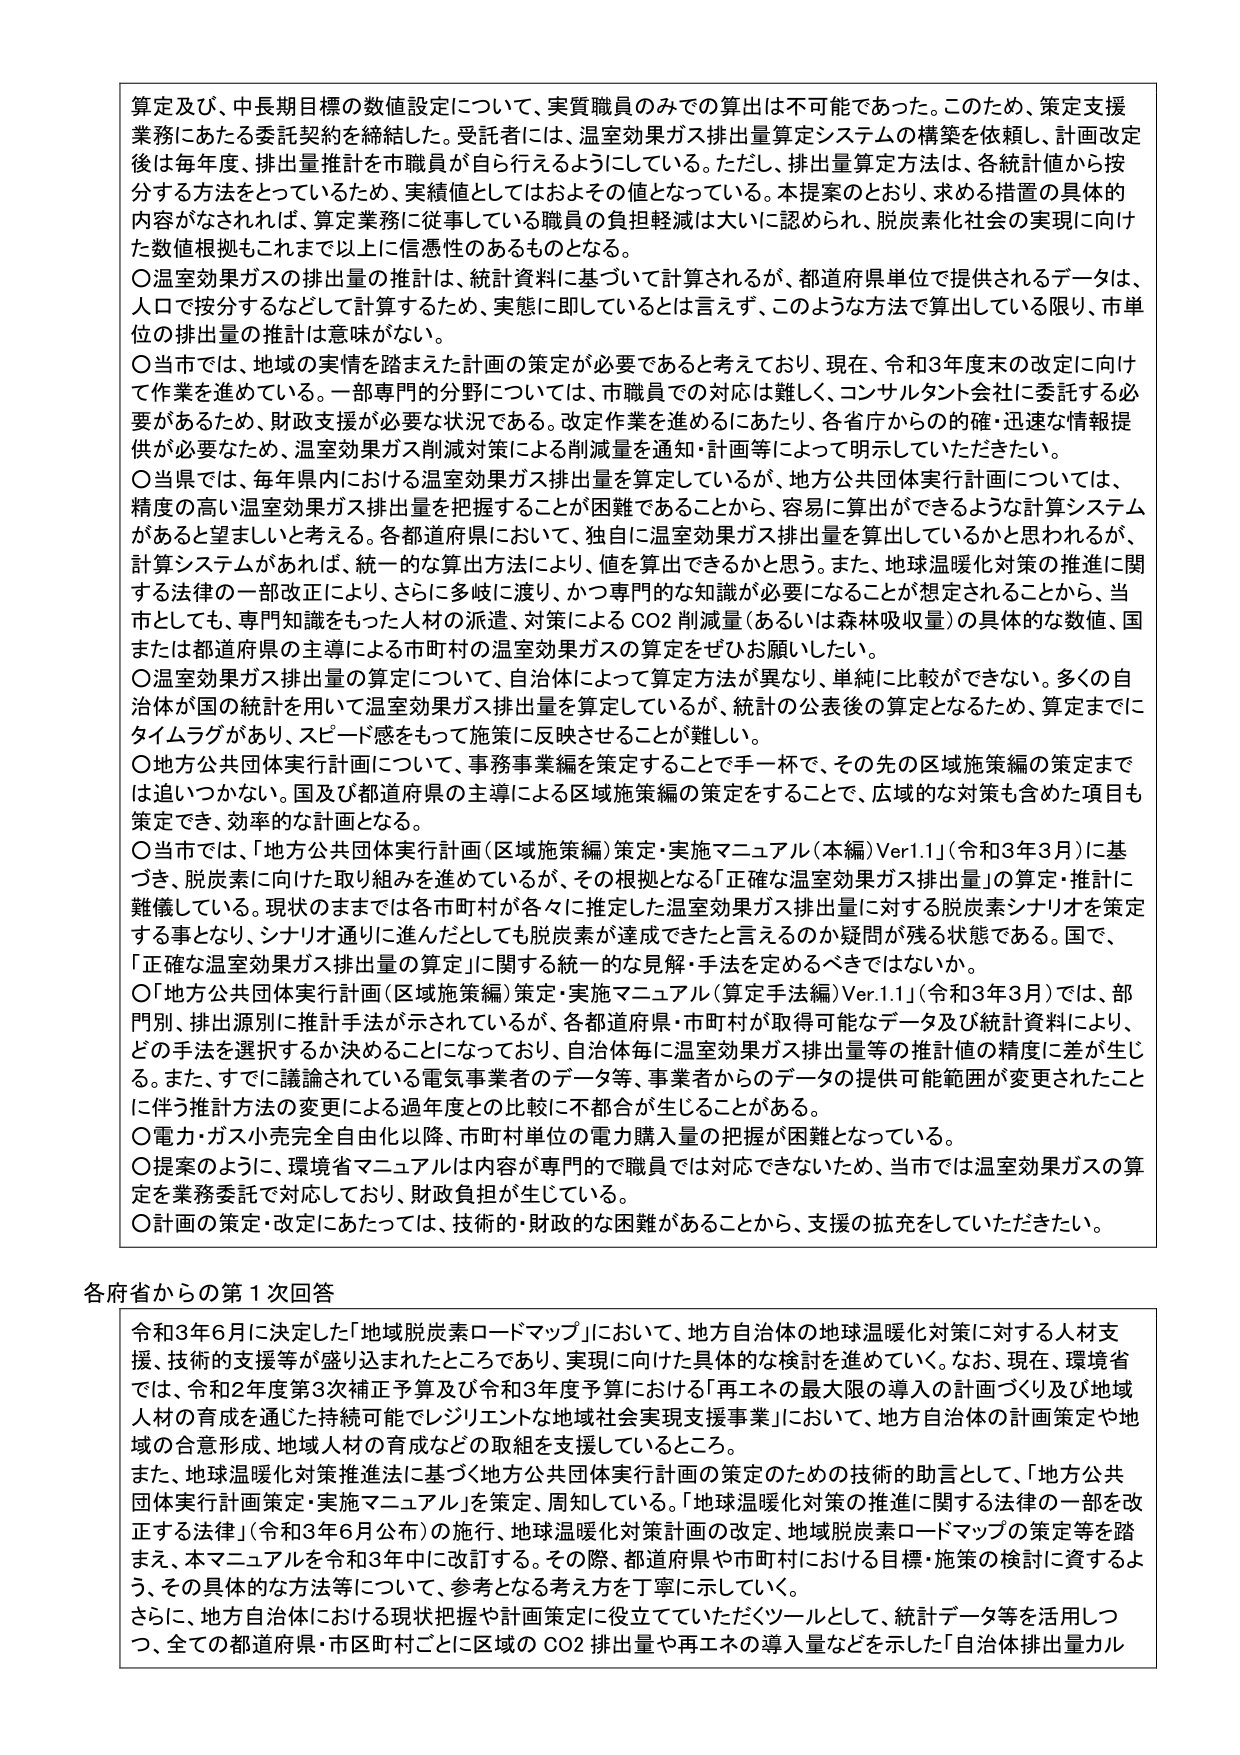
算定及び、中長期目標の数値設定について、実質職員のみでの算出は不可能であった。このため、策定支援業務にあたる委託契約を締結した。受託者には、温室効果ガス排出量算定システムの構築を依頼し、計画改定後は毎年度、排出量推計を市職員が自ら行えるようにしている。ただし、排出量算定方法は、各統計値から按分する方法をとっていて、実績値としてはおよその値となっている。本提案のとおり、求める措置の具体的な内容がなされれば、算定業務に従事している職員の負担軽減は大いに認められ、脱炭素化社会の実現に向けた数値根拠もこれまで以上に信憑性のあるものとなる。

〇温室効果ガスの排出量の推計は、統計資料に基づいて計算されるが、都道府県単位で提供されるデータは、人口で按分するなどして計算するため、実態に即しているとは言えず、このような方法で算出している限り、市単位の排出量の推計は意味がない。

〇当市では、地域の実情を踏まえた計画の策定が必要であると考えており、現在、令和3年度末の改定に向けて作業を進めている。一部専門的分野については、市職員での対応は難しく、コンサルタント会社に委託する必要があるため、財政支援が必要な状況である。改定作業を進めるにあたり、各省庁からの的確・迅速な情報提供が必要なため、温室効果ガス削減対策による削減量を通知・計画等によって明示していただきたい。

〇当県では、毎年県内における温室効果ガス排出量を算定しているが、地方公共団体実行計画については、精度の高い温室効果ガス排出量を把握することが困難であることから、容易に算出ができるような計算システムがあると望ましいと考える。各都道府県において、独自に温室効果ガス排出量を算出しているかと思われるが、計算システムがあれば、統一的な算出方法により、値を算出できるかと思う。また、地球温暖化対策の推進に関する法律の一部改正により、さらに多岐に渡り、かつ専門的な知識が必要になることが想定されることから、当市としても、専門知識をもった人材の派遣、対策によるCO2削減量（あるいは森林吸収量）の具体的な数値、国または都道府県の主導による市町村の温室効果ガスの算定をぜひお願いしたい。

〇温室効果ガス排出量の算定について、自治体によって算定方法が異なり、単純に比較ができない。多くの自治体が国の統計を用いて温室効果ガス排出量を算定しているが、統計の公表後の算定となるため、算定までにタイムラグがあり、スピード感をもって施策に反映させることが難しい。

〇地方公共団体実行計画について、事務事業編を策定することで手一杯で、その先の区域施策編の策定までは追いつかない。国及び都道府県の主導による区域施策編の策定をすることで、広域的な対策も含めた項目も策定でき、効率的な計画となる。

〇当市では、「地方公共団体実行計画（区域施策編）策定・実施マニュアル（本編）Ver1.1」（令和3年3月）に基づき、脱炭素に向けた取り組みを進めているが、その根拠となる「正確な温室効果ガス排出量」の算定・推計に難儀している。現状のままでは各市町村が各々に推定した温室効果ガス排出量に対する脱炭素シナリオを策定する事となり、シナリオ通りに進んだとしても脱炭素が達成できたと言えるのか疑問が残る状態である。国で、「正確な温室効果ガス排出量の算定」に関する統一的な見解・手法を定めるべきではないか。

〇「地方公共団体実行計画（区域施策編）策定・実施マニュアル（算定手法編）Ver1.1」（令和3年3月）では、部門別、排出源別に推計手法が示されているが、各都道府県・市町村が取得可能なデータ及び統計資料により、どの手法を選択するか決めることになっており、自治体毎に温室効果ガス排出量等の推計値の精度に差が生じる。また、すでに議論されている電気事業者のデータ等、事業者からのデータの提供可能範囲が変更されたことに伴う推計方法の変更による過年度との比較に不都合が生じることがある。

〇電力・ガス小売完全自由化以降、市町村単位の電力購入量の把握が困難となっている。

〇提案のように、環境省マニュアルは内容が専門的で職員では対応できないため、当市では温室効果ガスの算定を業務委託で対応しており、財政負担が生じている。

〇計画の策定・改定にあたっては、技術的・財政的な困難があることから、支援の拡充をしていただきたい。

各府省からの第1次回答

令和3年6月に決定した「地域脱炭素ロードマップ」において、地方自治体の地球温暖化対策に対する人材支援、技術的支援等が盛り込まれたところであり、実現に向けた具体的な検討を進めていく。なお、現在、環境省では、令和2年度第3次補正予算及び令和3年度予算における「再エネの最大限の導入の計画づくり及び地域人材の育成を通じた持続可能でレジリエントな地域社会実現支援事業」において、地方自治体の計画策定や地域の合意形成、地域人材の育成などの取組を支援しているところ。

また、地球温暖化対策推進法に基づく地方公共団体実行計画の策定のための技術的助言として、「地方公共団体実行計画策定・実施マニュアル」を策定、周知している。「地球温暖化対策の推進に関する法律の一部を改正する法律」（令和3年6月公布）の施行、地球温暖化対策計画の改定、地域脱炭素ロードマップの策定等を踏まえ、本マニュアルを令和3年中に改訂する。その際、都道府県や市町村における目標・施策の検討に資するよう、その具体的な方法等について、参考となる考え方を丁寧に示していく。

さらに、地方自治体における現状把握や計画策定に役立てていただくツールとして、統計データ等を活用しつつ、全ての都道府県・市区町村ごとに区域のCO2排出量や再エネの導入量などを示した「自治体排出量カル